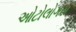
ઓટોલોગસ